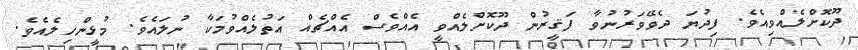
ދޫކޮށްލެއްވިއެވެ. ފިދުޔަ ދެވޭވަރުނުވާ ފަޤީރުން ދޫކޮށްލެއްވީ އެއްވެސް އެއްޗެއް އަތުލެއްވުމަކާ ނުލައެވެ. މުޅީންހިލެއެވެ.